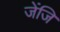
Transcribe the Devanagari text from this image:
जेंजि